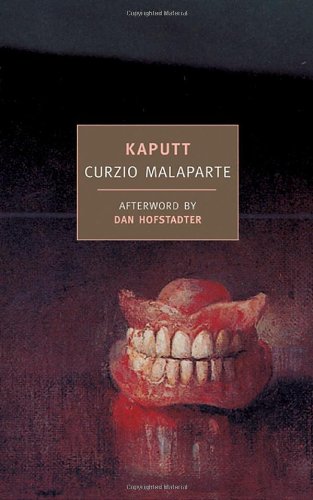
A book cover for Kaputt (New York Review Books Classics); Curzio Malaparte; Biographies & Memoirs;